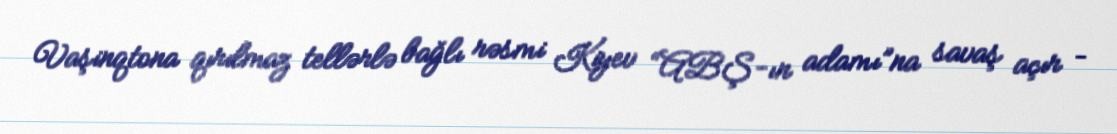
Vaşinqtona qırılmaz tellərlə bağlı rəsmi Kiyev “ABŞ-ın adamı”na savaş açır –